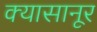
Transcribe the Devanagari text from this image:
क्यासानूर